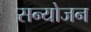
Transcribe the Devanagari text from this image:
सन्योजन